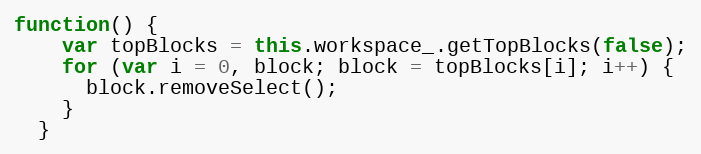
Language: JavaScript
function() {
    var topBlocks = this.workspace_.getTopBlocks(false);
    for (var i = 0, block; block = topBlocks[i]; i++) {
      block.removeSelect();
    }
  }